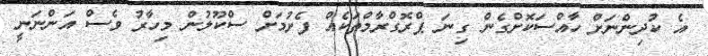
އެ ކުދިންނަށް ހާއްސަކޮށްގެން ގިނަ ޕްރޮގްރާމްތަކެއް ފެށުމަށް ސްކޫލުން މިހާރު ވެސް އަންނަނީ